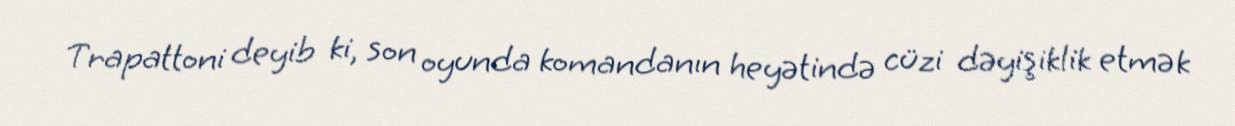
Trapattoni deyib ki, son oyunda komandanın heyətində cüzi dəyişiklik etmək